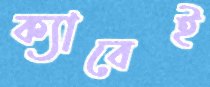
ক্যাবেই